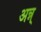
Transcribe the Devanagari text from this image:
अन्न्